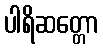
ပါရိဆတ္တော